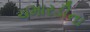
ચમારડીના